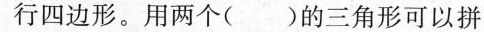
行四边形。用两个( )的三角形可以拼